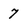
Character: 7